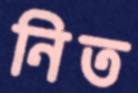
নিত